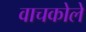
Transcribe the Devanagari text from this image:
वाचकोले